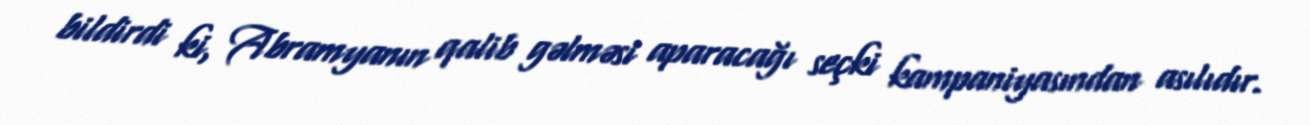
bildirdi ki, Abramyanın qalib gəlməsi aparacağı seçki kampaniyasından asılıdır.